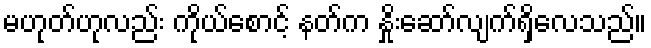
မဟုတ်ဟုလည်း ကိုယ်စောင့် နတ်က နှိုးဆော်လျက်ရှိလေသည်။